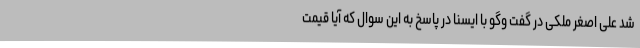
شد علی اصغر ملکی در گفت وگو با ایسنا در پاسخ به این سوال که آیا قیمت